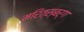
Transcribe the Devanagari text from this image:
मरित्स्बर्ग